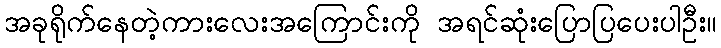
အခုရိုက်နေတဲ့ကားလေးအကြောင်းကို အရင်ဆုံးပြောပြပေးပါဦး။